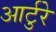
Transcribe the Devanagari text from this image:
आर्टुरे